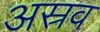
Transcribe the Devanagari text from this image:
अस्रव